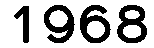
1968